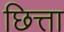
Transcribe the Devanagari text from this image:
छित्ता